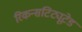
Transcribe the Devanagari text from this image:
रिकन्सटिट्यूटेड